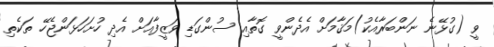
ވީ (ގުޅޭނެ ނަންބަރާއެކު)މަޤާމަށް އެދެންވީ ގޮތާއި ސުންގަޑި ވަޒީފާއަށް އެދި ހުށަހަޅަންޖެހޭ ތަކެތި